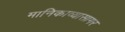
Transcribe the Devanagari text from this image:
मानिकाव्यासागर